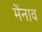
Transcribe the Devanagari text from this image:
मेंनाव